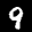
Label: 9